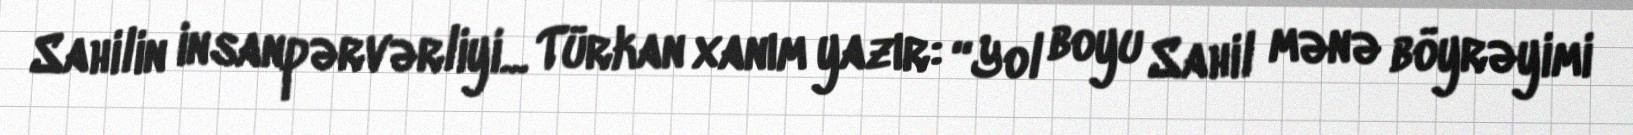
Sahilin insanpərvərliyi... Türkan xanım yazır: “Yol boyu Sahil mənə böyrəyimi